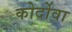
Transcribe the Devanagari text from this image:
कोर्दोवा